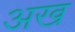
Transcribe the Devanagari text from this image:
अख